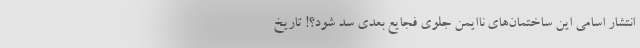
انتشار اسامی این ساختمان‌های ناایمن جلوی فجایع بعدی سد شود؟! تاریخ